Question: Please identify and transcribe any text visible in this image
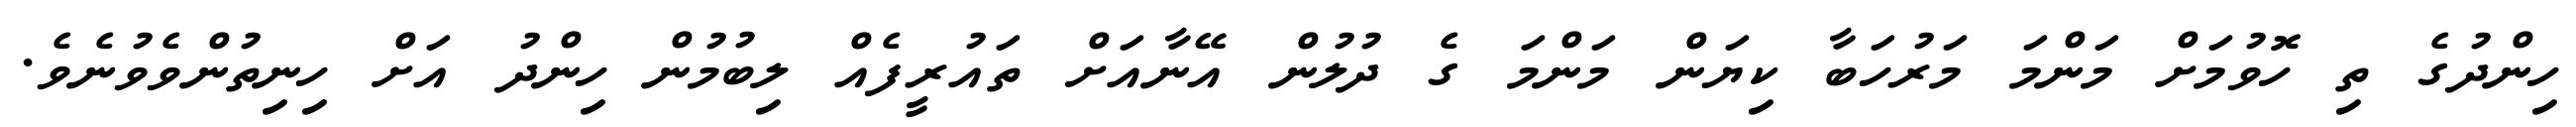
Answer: ހިންދުގެ ތި ހޮވުމަށް މަންމަ މަރުހަބާ ކިޔަން މަންމަ ގެ ދުލުން އޭނާއަށް ތައުރީފެއް ލިބުމުން ހިންދު އަށް ހިނިތުންވެވުނެވެ.